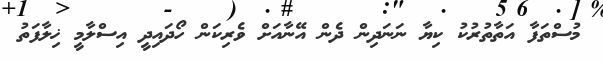
މުސްތަފާ އަތާތުރުކު ކިޔާ ނަނަދިން ދެން އޭނާއަށް ވެރިކަން ހޯދައިދީ އިސްލާމީ ޚިލާފަތު